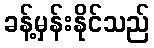
ခန့်မှန်းနိုင်သည်